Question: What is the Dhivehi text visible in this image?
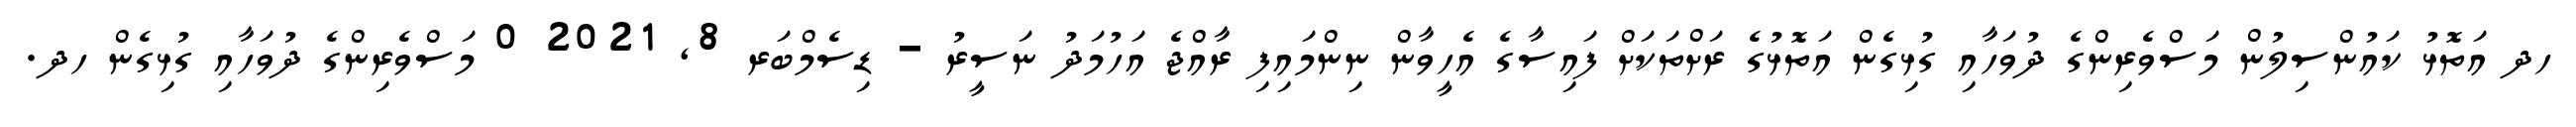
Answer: ހދ އަތޮޅު ކައުންސިލުން މަސްވެރިންގެ ދުވަހާއި ގުޅިގެން އަތޮޅުގެ ރަށްތަކަށް ފައިސާގެ އެހީވާން ނިންމައިފި ރާއްޖެ އަހުމަދު ނަސީރު - ޑިސެމްބަރ 8, 2021 0 މަސްވެރިންގެ ދުވަހާއި ގުޅިގެން ހދ.